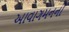
આવાગમનની